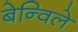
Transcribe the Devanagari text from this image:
बेन्विले